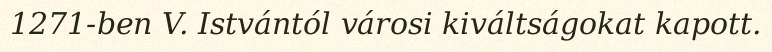
1271-ben V. Istvántól városi kiváltságokat kapott.